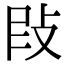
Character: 𢼖